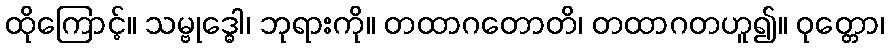
ထိုကြောင့်။ သမ္ဗုဒ္ဓေါ၊ ဘုရားကို။ တထာဂတောတိ၊ တထာဂတဟူ၍။ ဝုတ္တော၊